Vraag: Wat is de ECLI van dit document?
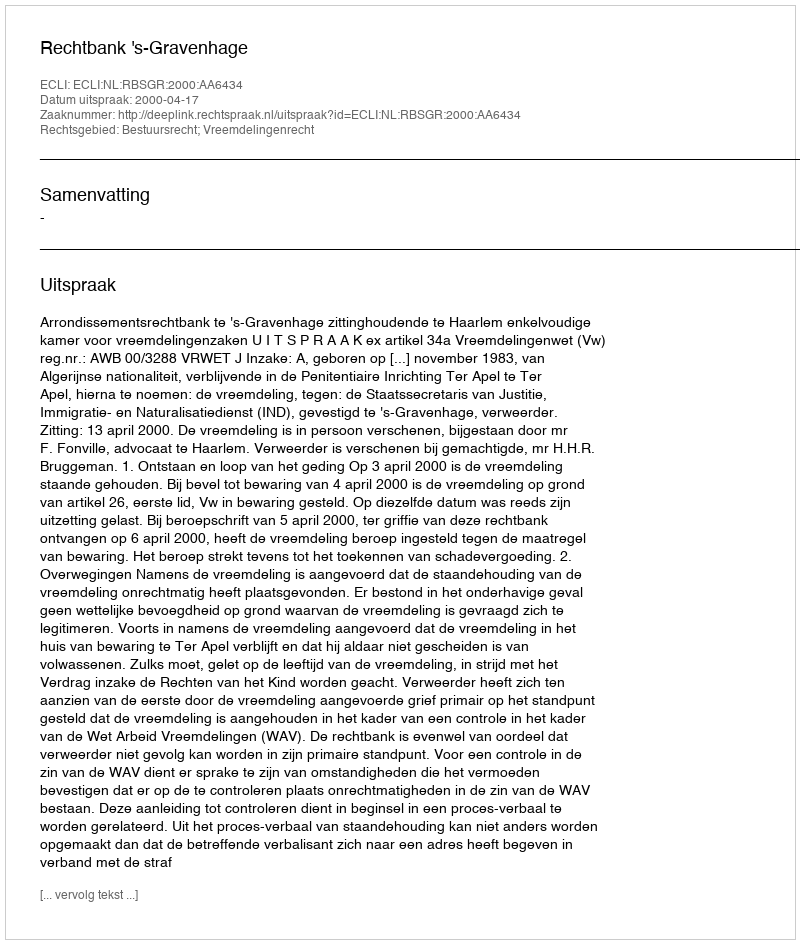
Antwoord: ECLI:NL:RBSGR:2000:AA6434